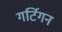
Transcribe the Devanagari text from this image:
गर्टिगन